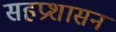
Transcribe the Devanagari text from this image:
सहप्रशासन